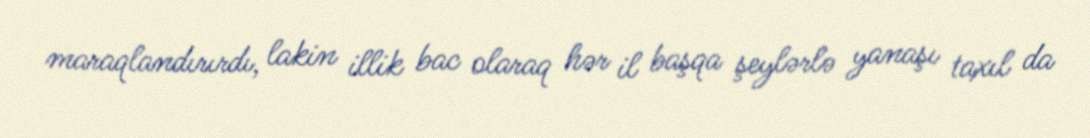
maraqlandırırdı, lakin illik bac olaraq hər il başqa şeylərlə yanaşı taxıl da